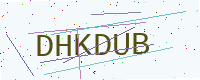
Text: DHKDUB